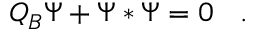
Q _ { B } \Psi + \Psi * \Psi = 0 \left. \right. \ .